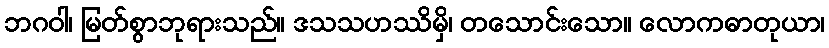
ဘဂဝါ၊ မြတ်စွာဘုရားသည်။ ဒသသဟဿိမှိ၊ တသောင်းသော။ လောကဓာတုယာ၊